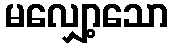
မလျှော့သော